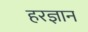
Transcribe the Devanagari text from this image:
हरज्ञान